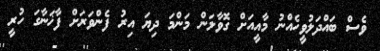
ވެސް ބައްދަލުވީހެއްނު މާއީއަށް ގޮވާލަން މަންމަ ދިޔަ އިރު ފެންވަރަށް ފާޚަނާގަ ހުރީ